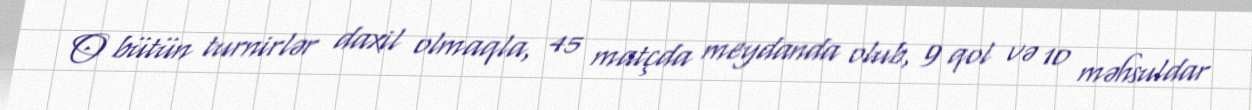
O bütün turnirlər daxil olmaqla, 45 matçda meydanda olub, 9 qol və 10 məhsuldar